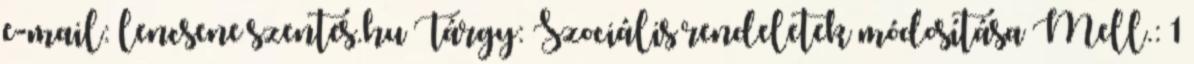
e-mail: lencsene szentes.hu Tárgy: Szociális rendeletek módosítása Mell.: 1